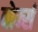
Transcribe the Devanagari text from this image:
वोर्म्स